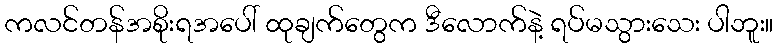
ကလင်တန်အစိုးရအပေါ် ထုချက်တွေက ဒီလောက်နဲ့ ရပ်မသွားသေး ပါဘူး။